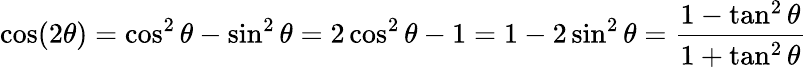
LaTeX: \cos(2\theta)=\cos^{2}\theta-\sin^{2}\theta=2\cos^{2}\theta-1=1-2\sin^{2}\theta={\frac{1-\tan^{2}\theta}{1+\tan^{2}\theta}}